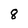
Character: 8